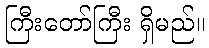
ကြီးတော်ကြီး ရှိမည်။